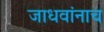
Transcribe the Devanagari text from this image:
जाधवांनाच